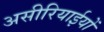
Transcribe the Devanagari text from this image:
असीरियाईयों